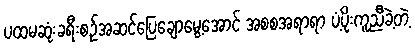
ပထမဆုံးခရီးစဉ်အဆင်ပြေချောမွေ့အောင် အစစအရာရာ ပံ့ပိုးကူညီခဲ့တဲ့